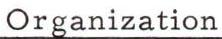
Organization